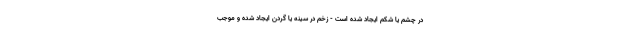
در چشم یا شکم ایجاد شده است - زخم در سینه یا گردن ایجاد شده و موجب